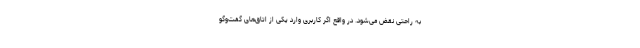
به راحتی نقض می‌شود. در واقع اگر کاربری وارد یکی از اتاق‌های گفت‌وگو